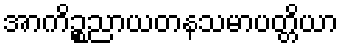
အာကိဉ္စညာယတနသမာပတ္တိယာ